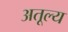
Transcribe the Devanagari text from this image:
अतूल्य